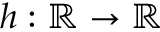
h : \mathbb { R } \rightarrow \mathbb { R }